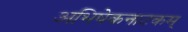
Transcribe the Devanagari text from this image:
अभिषेकनाटकम्